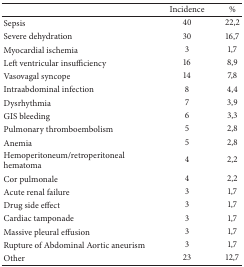
|  | Incidence | % |
 | --- | --- | --- |
 | Sepsis | 40 | 22,2 |
 | Severe dehydration | 30 | 16,7 |
 | Myocardial ischemia | 3 | 1,7 |
 | Left ventricular insufficiency | 16 | 8,9 |
 | Vasovagal syncope | 14 | 7,8 |
 | Intraabdominal infection | 8 | 4,4 |
 | Dysrhythmia | 7 | 3,9 |
 | GIS bleeding | 6 | 3,3 |
 | Pulmonary thromboembolism | 5 | 2,8 |
 | Anemia | 5 | 2,8 |
 | Hemoperitoneum/retroperitoneal hematoma | 4 | 2,2 |
 | Cor pulmonale | 4 | 2,2 |
 | Acute renal failure | 3 | 1,7 |
 | Drug side effect | 3 | 1,7 |
 | Cardiac tamponade | 3 | 1,7 |
 | Massive pleural effusion | 3 | 1,7 |
 | Rupture of Abdominal Aortic aneurism | 3 | 1,7 |
 | Other | 23 | 12,7 |